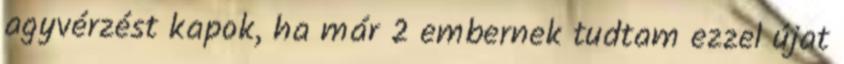
agyvérzést kapok, ha már 2 embernek tudtam ezzel újat